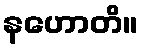
နဟောတိ။